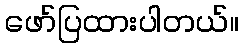
ဖော်ပြထားပါတယ်။